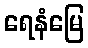
ရေနံမြေ